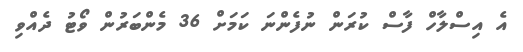
އެ އިސްލާހް ފާސް ކުރަން ނުފެންނަ ކަމަށް 36 މެންބަރުން ވޯޓު ދެއްވި